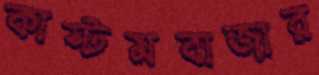
কাস্টমবাজার